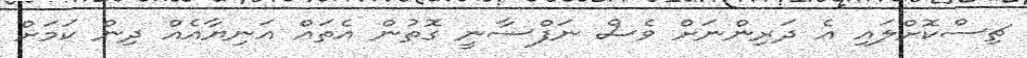
ޗިސްކޮށްލައި އެ ދަރިންނަށް ވެސް ނަފްސާނީ ގޮތުން އެތައް އަނިޔާއެއް ދިން ކަމަށް